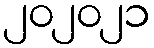
၂၀၂၀၂၁